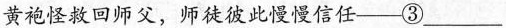
黄袍怪救回师父，师徒彼此慢慢信任--——③___，